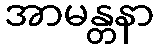
အာမန္တနာ